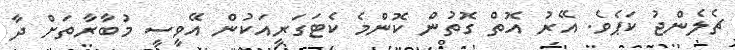
ޗެލެންޖު ކަޕެވެ. އޭރު އޮތް ގޮތުން ކޮންމެ ކެޓަގަރީއަކުން އޭވީސީ މުބާރާތަށް ދާ